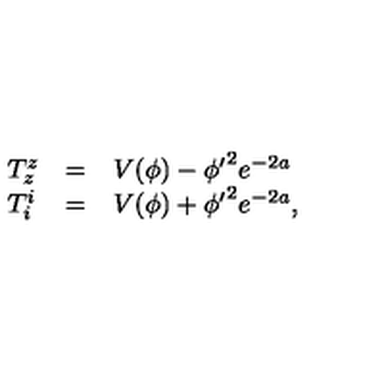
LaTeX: \left. \begin{array} { l c l } { T _ { z } ^ { z } } & { = } & { V ( \phi ) - { { { { { \phi ^ { \prime } } } ^ { 2 } } } { { e ^ { - 2 a } } } } } \\ { T _ { i } ^ { i } } & { = } & { V ( \phi ) + { { { { { \phi ^ { \prime } } } ^ { 2 } } } { { e ^ { - 2 a } } } } , } \\ \end{array} \right.